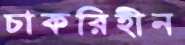
চাকরিহীন